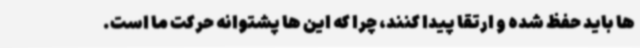
ها باید حفظ شده و ارتقا پیدا کنند، چرا که این ها پشتوانه حرکت ما است.